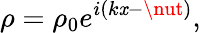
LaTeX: \rho=\rho_{0}e^{i\left(k\mathit{x}-\nut\right)},